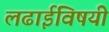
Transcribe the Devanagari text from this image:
लढाईविषयी